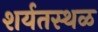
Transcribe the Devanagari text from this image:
शर्यतस्थळ